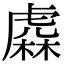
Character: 𧇥